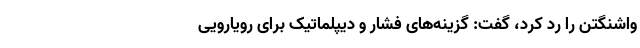
واشنگتن را رد کرد، گفت:‌ گزینه‌های فشار و دیپلماتیک برای رویارویی